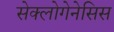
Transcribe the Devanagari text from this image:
सेक्लोगेनेसिस